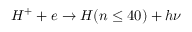
H ^ { + } + e \rightarrow H ( n \leq 4 0 ) + h \nu